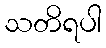
သတိရပါ